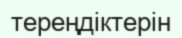
тереңдіктерін